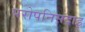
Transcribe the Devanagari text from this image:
परोपनिसदाइ